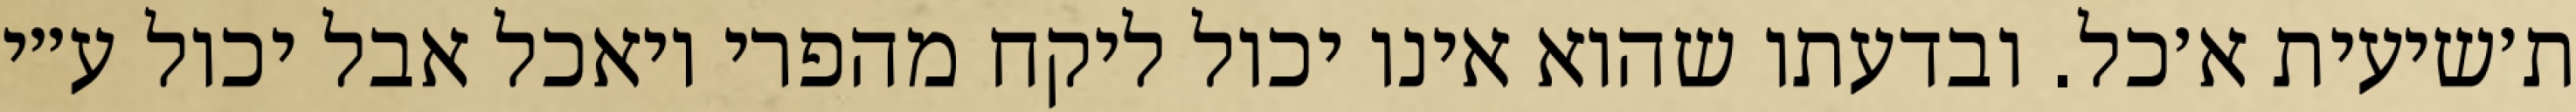
ת׳שיעית א׳כל. ובדעתו שהוא אינו יכול ליקח מהפרי ויאכל אבל יכול ע״י